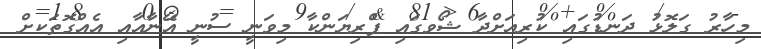
މިހާރު ގަލޮޅު ދަނޑުގައި ކުރިއަށްދާ ޝޯވގައި ޕްރިޔަންކާ މިވަނީ ސުނީ އޭނާއާއި އެއްގޮތަަކށް